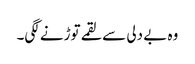
وہ بے دلی سے لقمے توڑنے لگی۔